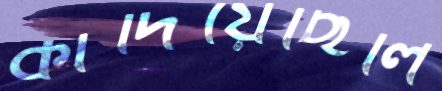
কাঁদিয়েছিলি